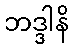
ဘဒ္ဒါနိ